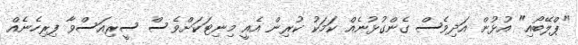
"ޕްލޭބޯއި" އުޅުން އަދިވެސް ގެންގުޅުނެއް ކަމަކު ކުރިން އެއީ މިނިޓަކަށްވެސް ސީރިއަސްވާ ފިރިހެނެއް